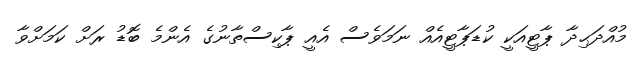
މުއްދަޙިދާ ޕާޓީއަކީ ކުޑަޕާޓީއެއް ނަމަވެސް އެއީ ޕާކިސްތާނުގެ އެންމެ ބޮޑު ރަށް ކަމަށްވާ